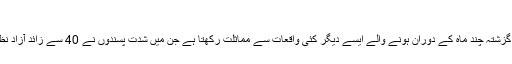
فائل فوٹو
اگرچہ کسی تنظیم نے اس واقعے کی ذمہ داری قبول نہیں کی مگر یہ واقعہ گزشتہ چند ماہ کے دوران ہونے والے ایسے دیگر کئی واقعات سے مماثلت رکھتا ہے جن میں شدت پسندوں نے 40 سے زائد آزاد نظریات کے حامل سرگرم کارکنوں اور مذہبی اقلیتوں کے ارکان کو ہلاک کیا۔